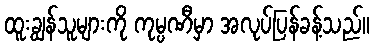
ထူးချွန်သူများကို ကုမ္ပဏီမှာ အလုပ်ပြန်ခန့်သည်။